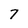
Character: 7